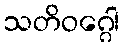
သတိဝဂ္ဂေါ